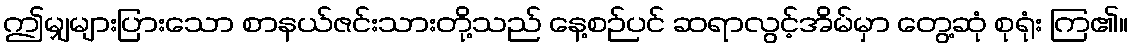
ဤမျှများပြားသော စာနယ်ဇင်းသားတို့သည် နေ့စဉ်ပင် ဆရာလွင့်အိမ်မှာ တွေ့ဆုံ စုရုံး ကြ၏။